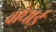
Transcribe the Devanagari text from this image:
वांधाई